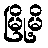
မြို့မိ